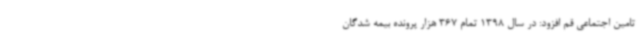
تامین اجتماعی قم افزود: در سال 1398 تمام 367 هزار پرونده بیمه شدگان